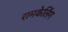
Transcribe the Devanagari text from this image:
रामकेलिंग